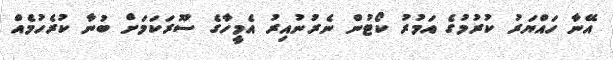
އޭނާ ހައްޔަރު ކުރުމުގެ އަމުރު ކޯޓުން ނެރުނުއިރު އެމީހާގެ ސޫރަކަމަށް ބުނާ ކުރެހުމެއް